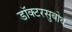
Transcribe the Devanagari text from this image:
डॉक्टरसुबोध